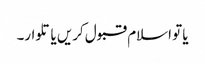
یا تو اسلام قبول کریں یا تلوار۔